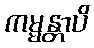
ကမ္မန္တာပိ